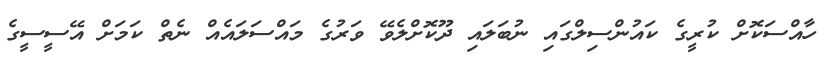
ހާއްސަކޮށް ކުރީގެ ކައުންސިލްގައި ނުބަލައި ދޫކޮށްލެވޭ ވަރުގެ މައްސަލައެއް ނެތް ކަމަށް އޭސީސީގެ